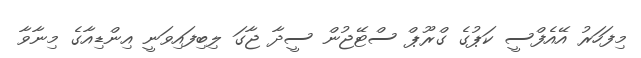
މިފަހަރު އޭއެފްސީ ކަޕުގެ ގްރޫޕް ސްޓޭޖުން ސީދާ ޖާގަ ލިބިފައިވަނީ އިންޑިއާގެ މިނާވާ